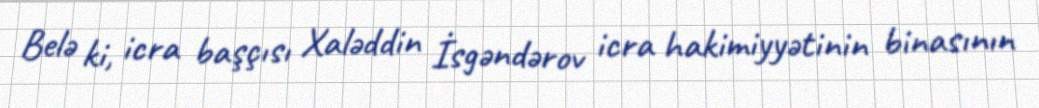
Belə ki, icra başçısı Xaləddin İsgəndərov icra hakimiyyətinin binasının